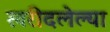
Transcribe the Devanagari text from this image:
खरीदलेल्या